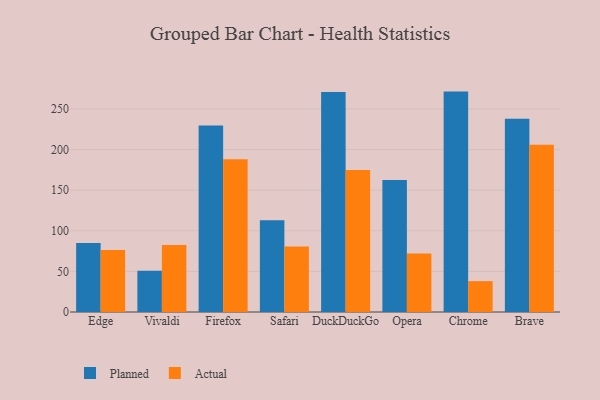
{"axis": {"x": "Browser", "y": "Net Income (USD K)"}, "legend": ["Actual", "Planned"], "data": [{"x": "Edge", "y": 84.8, "type": "Planned"}, {"x": "Edge", "y": 76.2, "type": "Actual"}, {"x": "Vivaldi", "y": 50.9, "type": "Planned"}, {"x": "Vivaldi", "y": 82.5, "type": "Actual"}, {"x": "Firefox", "y": 229.6, "type": "Planned"}, {"x": "Firefox", "y": 188.0, "type": "Actual"}, {"x": "Safari", "y": 113.0, "type": "Planned"}, {"x": "Safari", "y": 80.7, "type": "Actual"}, {"x": "DuckDuckGo", "y": 270.7, "type": "Planned"}, {"x": "DuckDuckGo", "y": 174.8, "type": "Actual"}, {"x": "Opera", "y": 162.5, "type": "Planned"}, {"x": "Opera", "y": 72.1, "type": "Actual"}, {"x": "Chrome", "y": 271.3, "type": "Planned"}, {"x": "Chrome", "y": 38.0, "type": "Actual"}, {"x": "Brave", "y": 237.9, "type": "Planned"}, {"x": "Brave", "y": 205.9, "type": "Actual"}]}